Indian journal of veterinary science and animal husbandry - Volumes 15-17, 1948-1951
Year: 1948
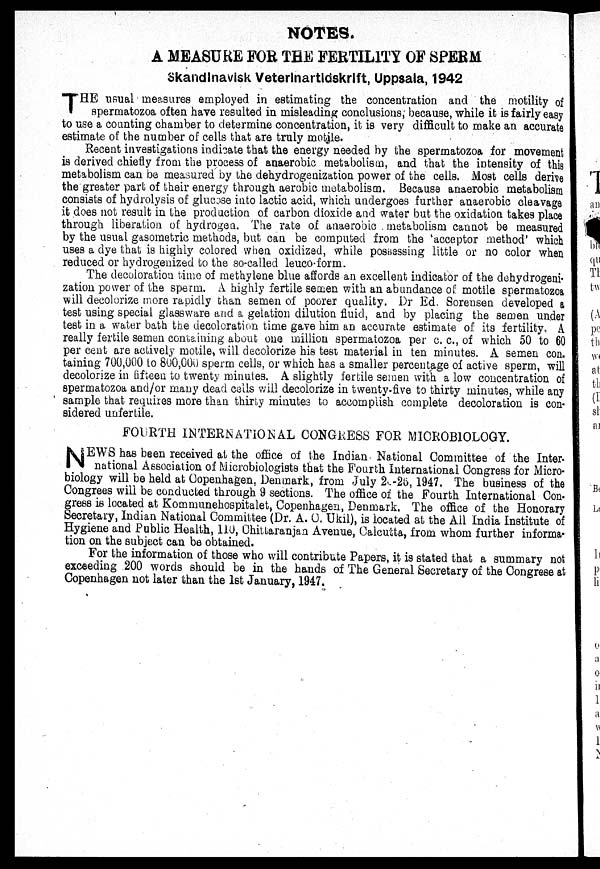
NOTES.
A MEASURE FOR THE FERTILITY OF SPERM
Skandinavisk Veterinartidskrift, Uppsala, 1942
T HE usual measures employed in estimating the concentration and the motility of
spermatozoa often have resulted in misleading conclusions, because, while it is fairly easy
to use a counting chamber to determine concentration, it is very difficult to make an accurate
estimate of the number of cells that are truly motile.
Recent investigations indicate that the energy needed by the spermatozoa for movement
is derived chiefly from the process of anaerobic metabolism, and that the intensity of this
metabolism can be measured by the dehydrogenization power of the cells. Most cells derive
the greater part of their energy through aerobic metabolism. Because anaerobic metabolism
consists of hydrolysis of glucose into lactic acid, which undergoes further anaerobic cleavage
it does not result in the production of carbon dioxide and water but the oxidation takes place
through liberation of hydrogen. The rate of anaerobic metabolism cannot be measured
by the usual gasometric methods, but can be computed from the 'acceptor method' which
uses a dye that is highly colored when oxidized, while possessing little or no color when
reduced or hydrogenized to the so-called leuco-form.
The decoloration time of methylene blue affords an excellent indicator of the dehydrogeni-
zation power of the sperm. A highly fertile semen with an abundance of motile spermatozoa
will decolorize more rapidly than semen of poorer quality. Dr Ed. Soren sen developed a
test using special glassware and a gelation dilution fluid, and by placing the semen under
test in a water bath the decoloration time gave him an accurate estimate of its fertility. A
really fertile semen containing about one million spermatozoa per c. c, of which 50 to 60
per cent are actively motile, will decolorize his test material in ten minutes. A semen con.
taining 700,000 to 800,000 sperm cells, or which has a smaller percentage of active sperm, will
decolorize in fifteen to twenty minutes. A slightly fertile semen with a low concentration of
spermatozoa and/or many dead cells will decolorize in twenty-five to thirty minutes, while any
sample that requires more than thirty minutes to accomplish complete decoloration is con-
sidered unfertile.
FOURTH INTERNATIONAL CONGRESS FOR MICROBIOLOGY.
N EWS has been received at the office of the Indian National Committee of the Inter.
national Association of Microbiologists that the Fourth International Congress for Micro-
biology will be held at Copenhagen, Denmark, from July 20-25, 1947. The business of the
Congrees will be conducted through 9 sections. The office of the Fourth International Con-
gress is located at Kommunehospitalet, Copenhagen, Denmark. The office of the Honorary
Secretary, Indian National Committee (Dr. A. C. Ukil), is located at the All India Institute of
Hygiene and Public Health, 110, Chittaranjan Avenue, Calcutta, from whom further informa-
tion on the subject can be obtained.
For the information of those who will contribute Papers, it is stated that a summary not
exceeding 200 words should be in the hands of The General Secretary of the Congrese at
Copenhagen not later than the 1st January, 1947.